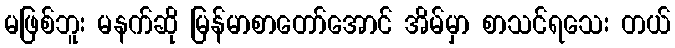
မဖြစ်ဘူး မနက်ဆို မြန်မာစာတော်အောင် အိမ်မှာ စာသင်ရသေး တယ်